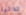
ثلاثية